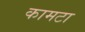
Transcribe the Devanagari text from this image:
कामटा